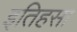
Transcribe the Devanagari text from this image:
इतिहसा